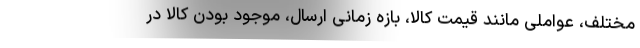
مختلف، عواملی مانند قیمت کالا، بازه زمانی ارسال، موجود بودن کالا در